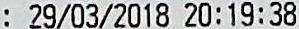
: 29/03/2018 20:19:38